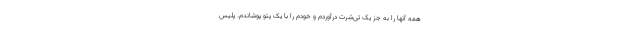
همه آنها را به جز یک تی‌شرت درآوردم و خودم را با یک پتو پوشاندم. پلیس